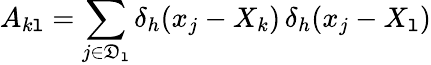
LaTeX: A_{k\mathtt{l}}=\sum_{j\in\mathfrak{D}_{\mathtt{l}}}\delta_{h}(x_{j}-X_{k})\, \delta_{h}(x_{j}-X_{\mathtt{l}})